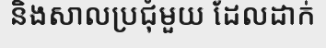
និងសាលប្រជុំមួយ ដែលដាក់